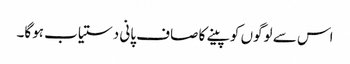
اس سے لوگوں کو پینے کا صاف پانی دستیاب ہوگا۔